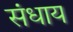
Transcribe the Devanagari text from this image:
संधाय